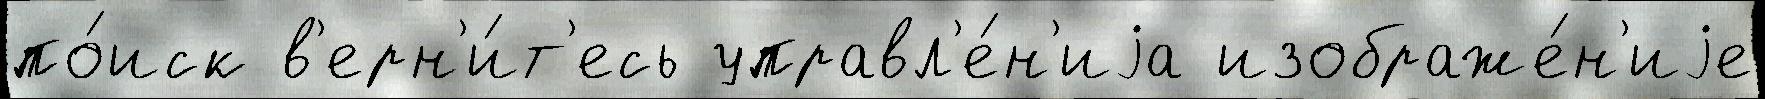
по́иск в'ерн'и́т'есь управл'е́н'иjа изображе́н'иjе